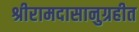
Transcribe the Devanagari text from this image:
श्रीरामदासानुग्रहीत